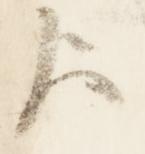
歟